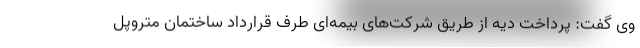
وی گفت: پرداخت دیه از طریق شرکت‌های بیمه‌ای طرف قرارداد ساختمان متروپل